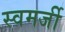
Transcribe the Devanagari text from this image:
स्वमर्जी